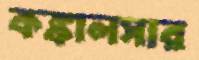
কঙ্কালসার